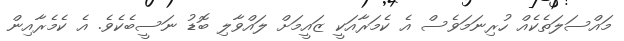
މައްސަލަތެކެއް ހުރިނަމަވެސް އެ ކެމަރާއަކީ ޒައީމަށް ލައްވާލި ބޮޑު ނަސީބެކެވެ. އެ ކެމެރާއިން